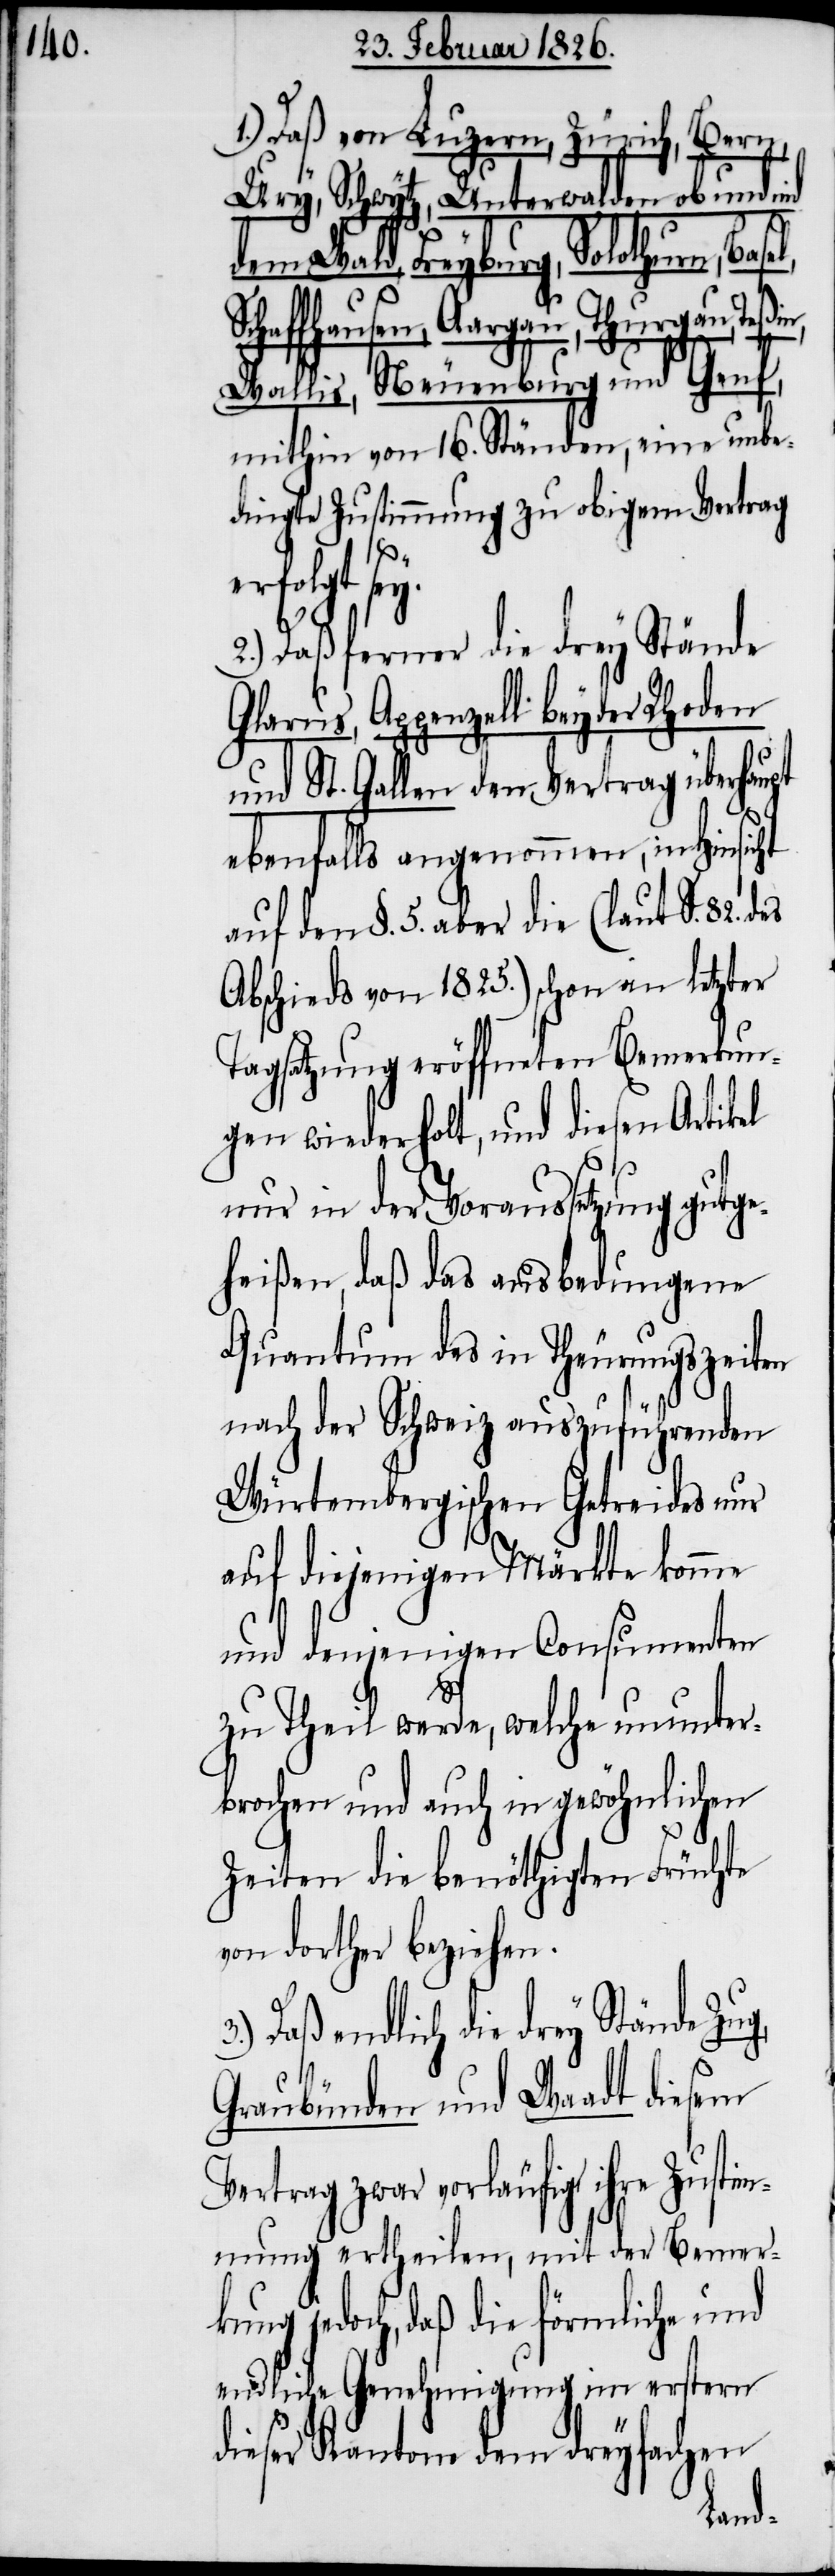
Daß von Luzern, Zürich, Bern,
Ury, Schwytz, Unterwalden ob und nid
dem Wald, Freyburg, Solothurn, Basel,
chaffhausen, Aargau, Thurgau, Teßi¬
Wallis, Neuenburg und Genf,
mithin von 16. Ständen, eine unbe¬
dingte Zustimmung zu obigem Vertrag
erfolgt sey.
2.) Daß ferner die drey Stände
Glarus, Appenzell beyder Rhoden
und St. Gallen den Vertrag überhaupt
ebenfalls angenommen, in Hinsicht
auf den §. 5. aber die (laut S. 82.
Abschieds von 1825.) schon an letzter
Tagsatzung eröffneten Bemerkun¬
gen wiederholt, und diesen Artikel
nur in der Voraussetzung gutg¬
eheißen, daß das ausbedungene
Quantum des in Theuerungszeiten
nach der Schweiz auszuführenden
Würtembergischen Getreides nur
auf diejenigen Märkte komme
und denjenigen Consumenten
n,
zu Theil werde, welche ununter¬
brochen und auch in gewöhnlichen
Zeiten die benöthigten Früchte
von dorther beziehen.
Daß endlich die drey Stände Zug,
Graubünden und Waadt diesem
Vertrag zwar vorläufig ihre Zustim¬
mung ertheilen, mit der Bemer¬
kung jedoch, daß die förmliche und
endliche Genehmigung im erstern
dieser Kantone dem dreyfachen